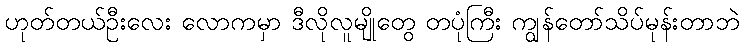
ဟုတ်တယ်ဦးလေး လောကမှာ ဒီလိုလူမျိုတွေ တပုံကြီး ကျွန်တော်သိပ်မုန်းတာဘဲ